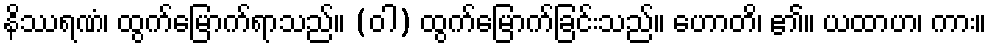
နိဿရဏံ၊ ထွက်မြောက်ရာသည်။ (ဝါ) ထွက်မြောက်ခြင်းသည်။ ဟောတိ၊ ၏။ ယထာဟ၊ ကား။